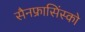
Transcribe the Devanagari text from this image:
सैनफ्रासिंस्को